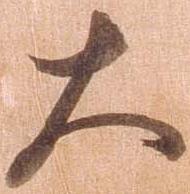
大